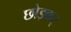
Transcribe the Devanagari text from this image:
छोड़कर्